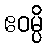
ဧဝမ္ပိ